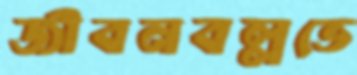
জীবনবল্লভে